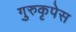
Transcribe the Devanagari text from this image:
गुरुकृपेस